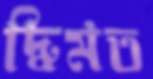
দ্বিমত